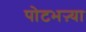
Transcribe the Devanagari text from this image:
पोटभऱ्या